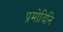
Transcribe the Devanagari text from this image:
प्रमोदिनि